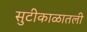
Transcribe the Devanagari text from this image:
सुटीकाळातली